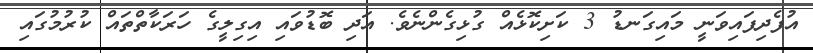
އުފެދިފައިވަނީ މައިގަނޑު 3 ކަށިކޮޅެއް ގުޅިގެންނެވެ. އަދި ބޮޑުވައި އިގިލީގެ ހަރަކާތްތައް ކުރުމުގައި